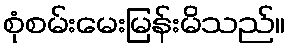
စုံစမ်းမေးမြန်းမိသည်။